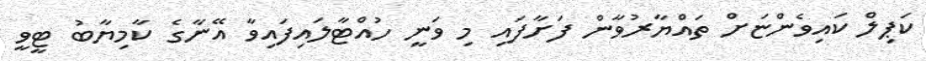
ކަޕިލް ކައިވެންޏަށް ތައްޔާރުވާން ފަށާފައި މި ވަނީ ހުއްޓާލައިފައިވާ އޭނާގެ ކާމިޔާބު ޓީވީ